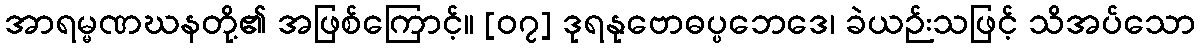
အာရမ္မဏဃနတို့၏ အဖြစ်ကြောင့်။ [၀၇] ဒုရနုဗောဓပ္ပဘေဒေ၊ ခဲယဉ်းသဖြင့် သိအပ်သော